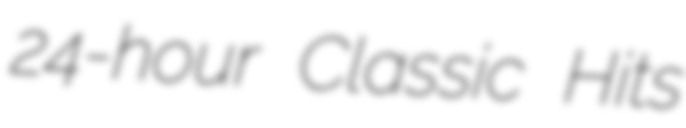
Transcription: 24-hour Classic Hits